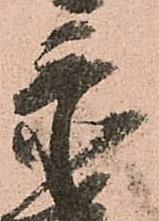
忝